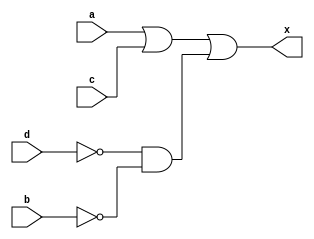
module clb_aj(
	input a,
	input b,
	input c,
	input d,
	output x
);
	
	wire f;
	
	assign f = a | c | ~d & ~b;

	assign x = f;
	

endmodule